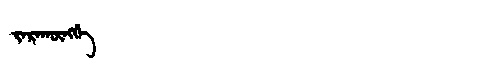
Manchu: ᠵᠠᡵᠠᡴᡡᠩᡤᡝ
Romanization: JARAKŪNGGE